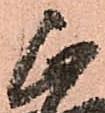
正